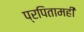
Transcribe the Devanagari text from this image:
प्रपितामही